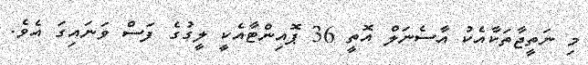
މި ނަތީޖާތަކާއެކު އާސެނަލް އޮތީ 36 ޕޮއިންޓާއެކީ ލީގުގެ ފަސް ވަނައިގަ އެވެ.